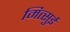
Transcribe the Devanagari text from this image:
मित्‍सुई